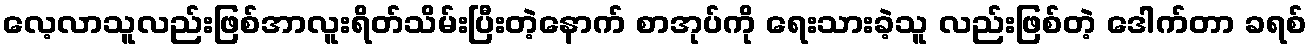
လေ့လာသူလည်းဖြစ်အာလူးရိတ်သိမ်းပြီးတဲ့နောက် စာအုပ်ကို ရေးသားခဲ့သူ လည်းဖြစ်တဲ့ ဒေါက်တာ ခရစ်